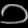
Digit: ၁